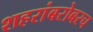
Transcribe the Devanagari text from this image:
शहरांबरोबरच